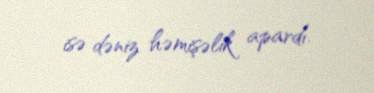
isə dəniz həmişəlik apardı.